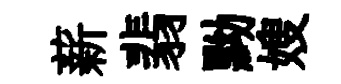
薪翡黝嫂